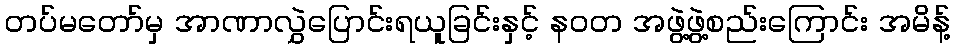
တပ်မတော်မှ အာဏာလွှဲပြောင်းရယူခြင်းနှင့် နဝတ အဖွဲ့ဖွဲ့စည်းကြောင်း အမိန့်